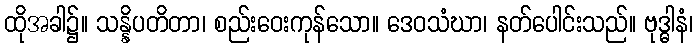
ထိုအခါ၌။ သန္နိပတိတာ၊ စည်းဝေးကုန်သော။ ဒေဝသံဃာ၊ နတ်ပေါင်းသည်။ ဗုဒ္ဓါနံ၊